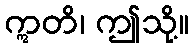
ဣတိ၊ ဤသို့။